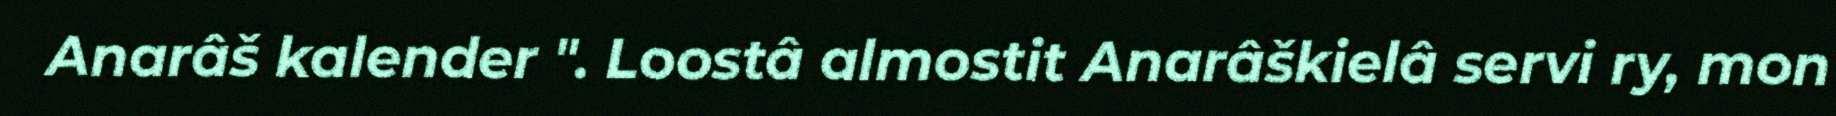
Anarâš kalender ". Loostâ almostit Anarâškielâ servi ry, mon